Annual administration report of the Civil Veterinary Department of India - 1910-1911
Year: 1910
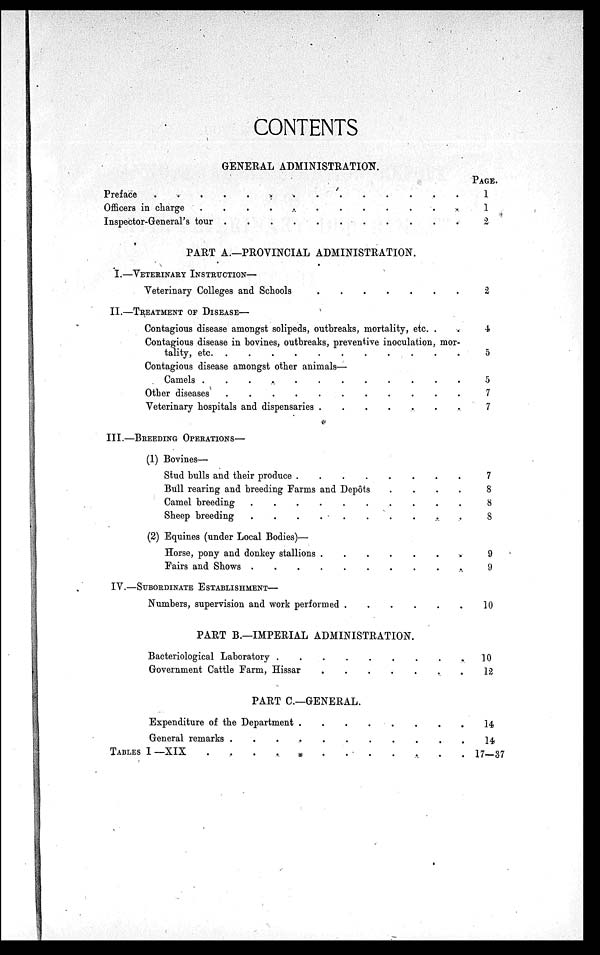
CONTENTS
GENERAL ADMINISTRATION.
Preface . . . . . . . . . . .
Officers in charge . . . . . . . . .
Inspector-General's tour . . . . . . . . . .
PART A.—PROVINCIAL ADMINISTRATION.
I.—VETERINARY INSTRUCTION—
Veterinary Colleges and Schools
.
.
.
.
.
.
II.—TREATMENT OF DISEASE—
Contagious disease amongst solipeds, outbreaks, mortality, etc. . .
Contagious disease in bovines, outbreaks, preventive inoculation, mor-
tality, etc. . . . . . . .
Contagious disease amongst other animals—
Camels . . . . . . . .
Other diseases . . . . . . .
Veterinary hospitals and dispensaries
.
.
.
.
.
.
.
III.—BREEDING OPERATIONS—
(1) Bovines—
Stud bulls and their produce . . . . . . .
Bull rearing and breeding Farms and Depôts
.
.
.
.
Camel breeding . . . . . . .
Sheep breeding . . . . . . .
(2) Equines (under Local Bodies)—
Horse, pony and donkey stallions
.
.
.
.
.
.
.
Fairs and Shows . . . . . . . .
IV.—SUBORDINATE ESTABLISHMENT—
Numbers, supervision and work performed
PART B.—IMPERIAL ADMINISTRATION.
Bacteriological Laboratory . . . . . . . .
Government Cattle Farm, Hissar
.
.
.
.
.
.
.
PART C.—GENERAL.
Expenditure of the Department
.
.
.
.
.
.
General remarks . . . . . . . .
TABLES I —XIX
.
.
.
.
.
.
.
.
.
PAGE.
1
1
2
2
4
5
5
7
7
7
8
8
8
9
9
10
10
12
14
14
17—37